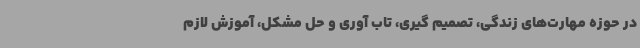
در حوزه مهارت‌های زندگی، تصمیم گیری، تاب آوری و حل مشکل، آموزش لازم